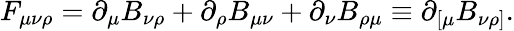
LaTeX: F_{\mu\nu\rho}=\partial_{\mu}B_{\nu\rho}+\partial_{\rho}B_{\mu\nu}+\partial_{\nu}B_{\rho\mu}\equiv\partial_{\left[\mu\right.}B_{\left.\nu\rho\right]}.